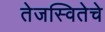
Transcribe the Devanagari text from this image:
तेजस्वितेचे